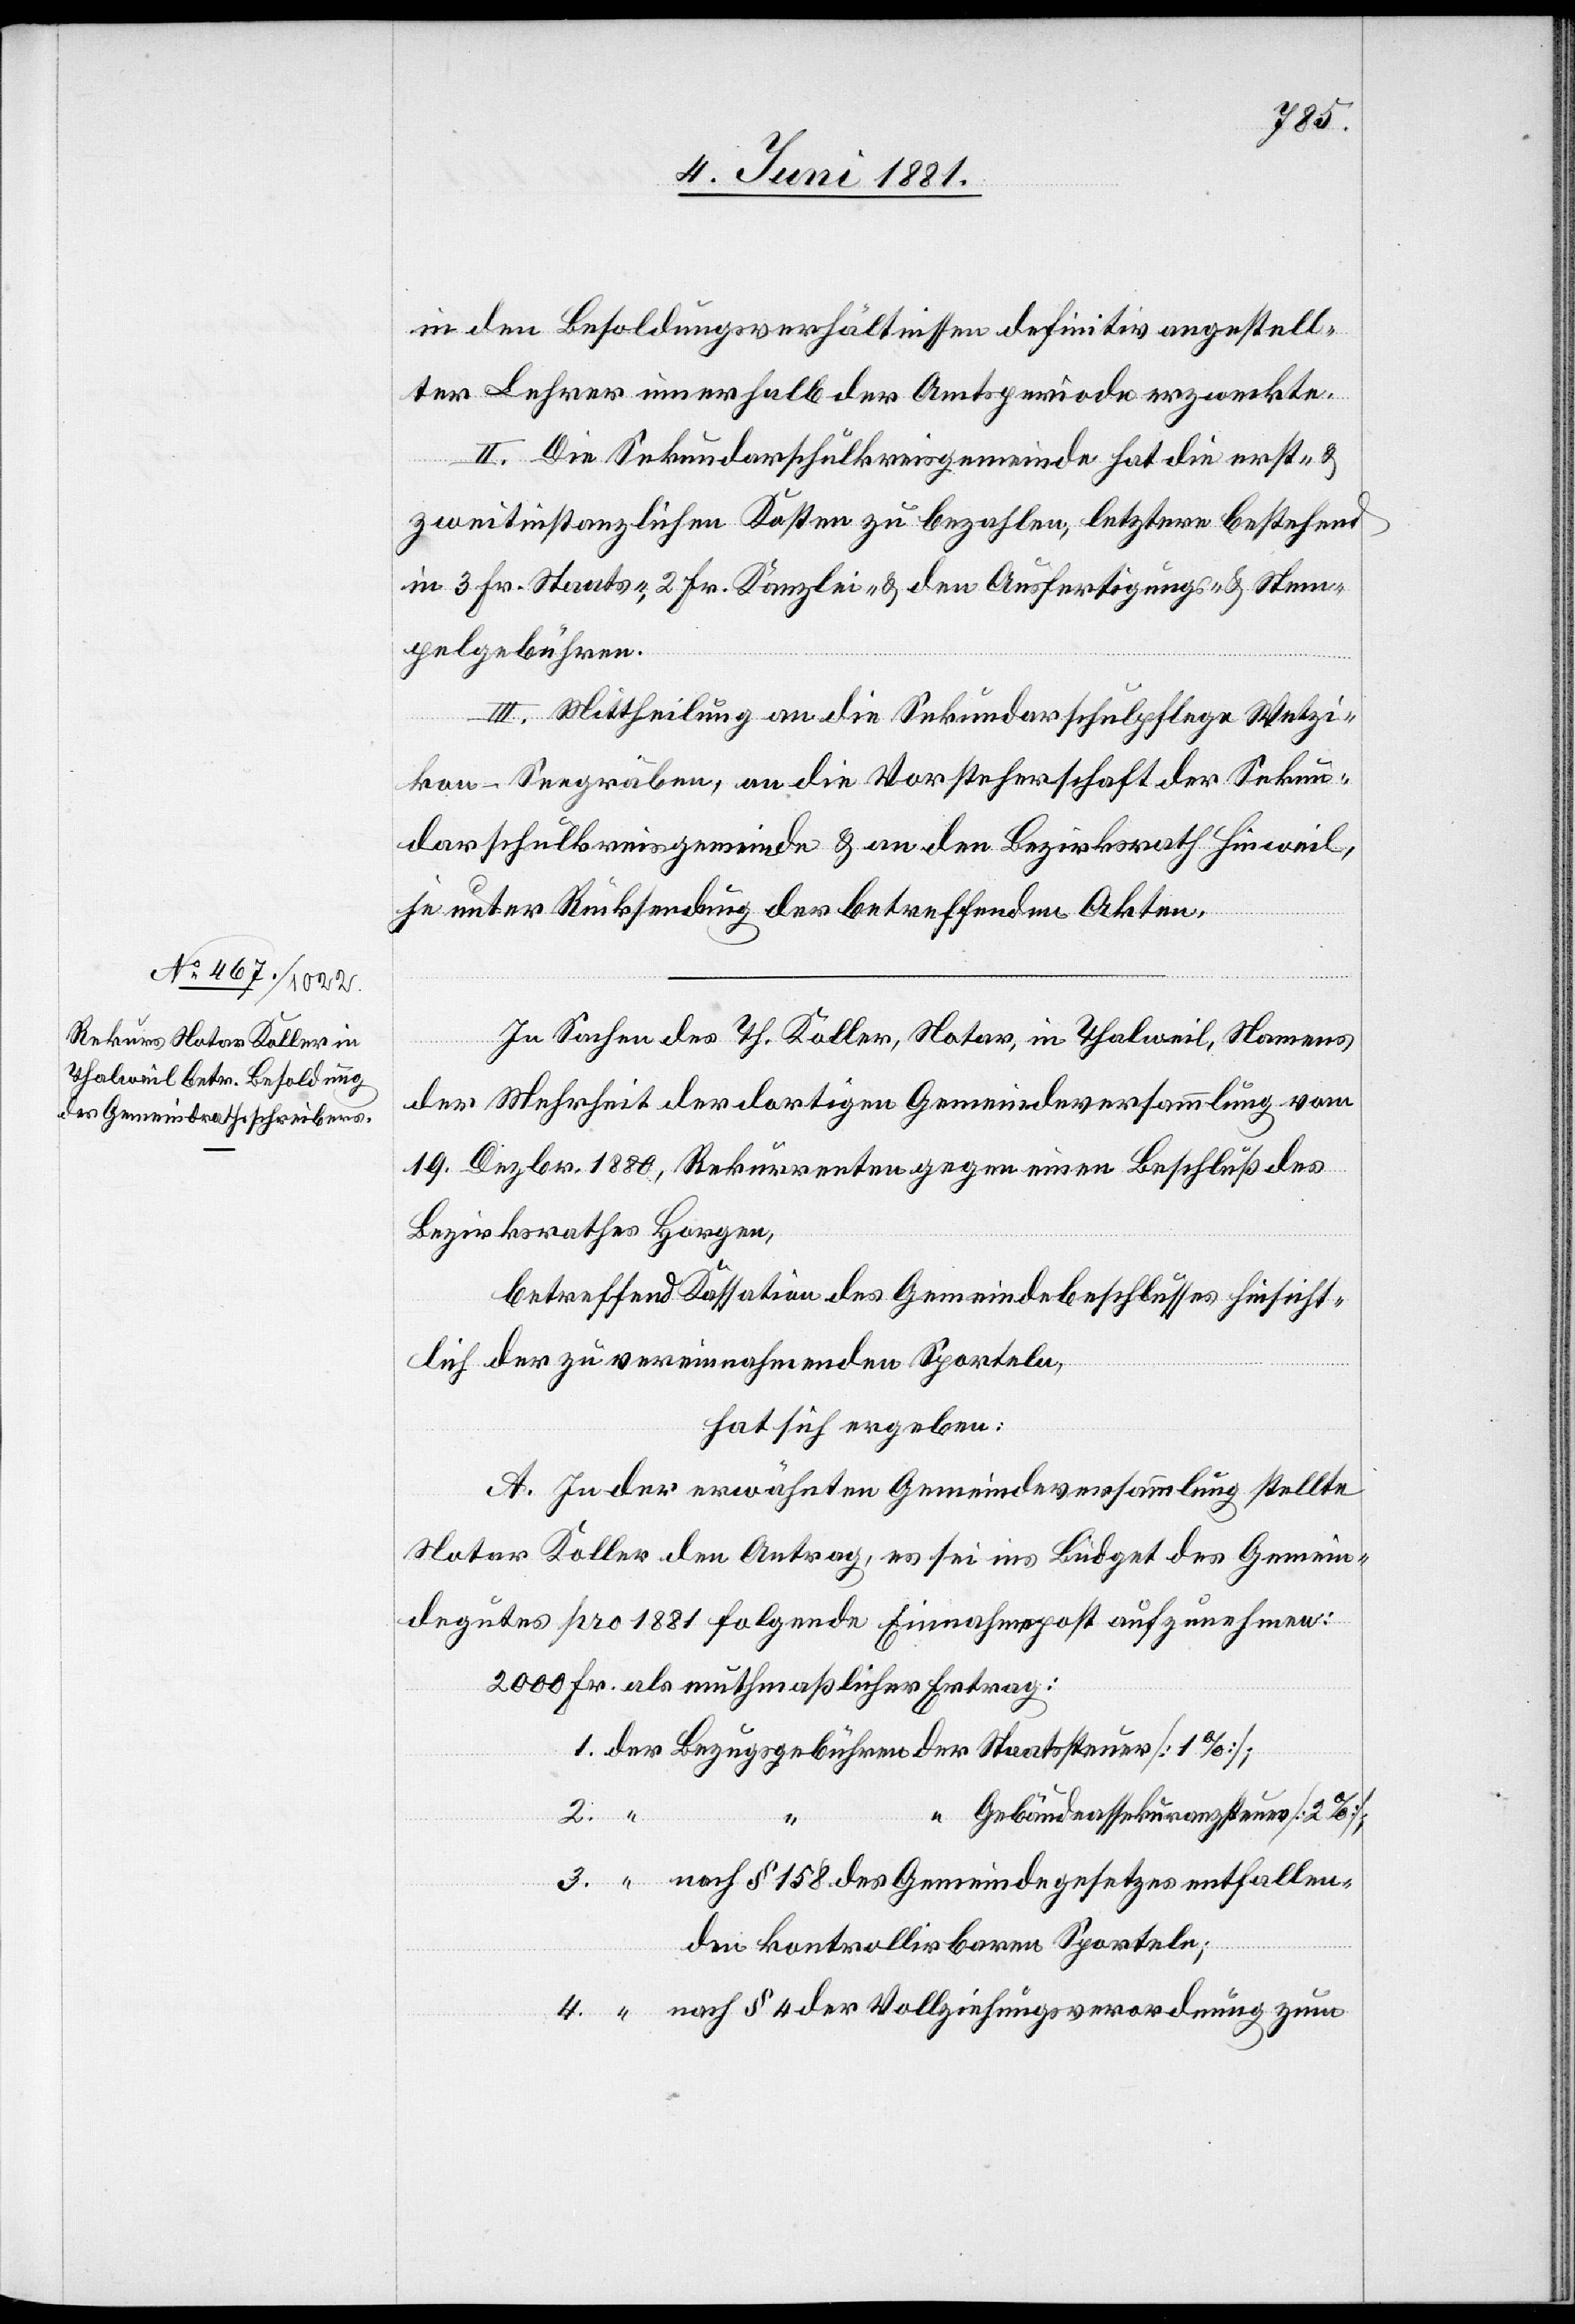
1.
in den Besoldungsverhältnissen definitiv angestell¬
ter Lehrer innerhalb der Amtsperiode erzweckte.
II. Die Sekundarschulkreisgemeinde hat die erst- &
zweitinstanzlichen Kosten zu bezahlen, letztere bestehend
in 3 Fr. Staats-, 2 Fr. Kanzlei- & den Ausfertigungs- & Stem¬
pelgebühren.
III. Mittheilung an die Sekundarschulpflege Wetzi¬
kon-Seegräben, an die Vorsteherschaft der Sekun¬
darschulkreisgemeinde & an den Bezirksrath Hinweil,
je unter Rücksendung der betreffenden Akten.
In Sachen des Th. Koller, Notar, in Thalweil, Namens
der Mehrheit der dortigen Gemeindeversammlung vom
19. Dezbr. 1880, Rekurrenten gegen einen Beschluß des
Bezirksrathes Horgen,
betreffend Kassation des Gemeindebeschlusses hinsicht¬
lich der zu vereinnahmenden Sporteln,
hat sich ergeben:
A. In der erwähnten Gemeindeversammlung stellte
Notar Koller den Antrag, es sei ins Büdget des Gemein¬
degutes pro 1881 folgende Einnahmepost aufzunehmen:
2000 Fr. als muthmaßlicher Ertrag:
2.
“ Gebäudeassekuranzsteuer [2%];
3.
nach § 158 des Gemeindegesetzes entfallen¬
den kontrollirbaren Sporteln;
nach § 4 der Vollziehungsverordnung zum